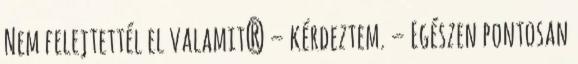
Nem felejtettél el valamit? – kérdeztem. – Egészen pontosan